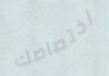
اختصاصك